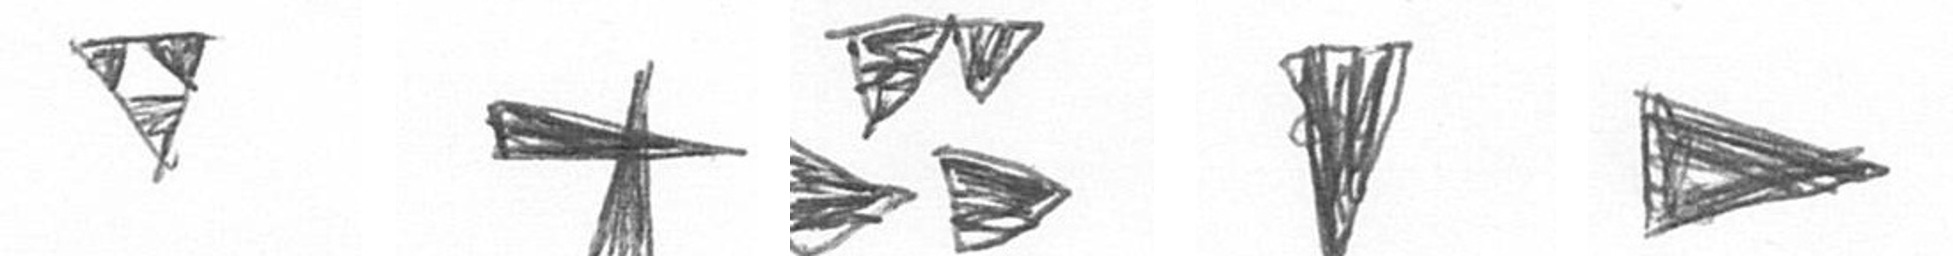
S G B J T